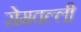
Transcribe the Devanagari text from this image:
रोमवल्ली